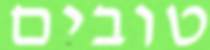
טובים